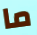
ما